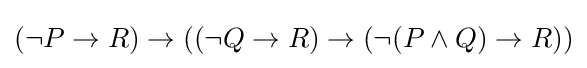
(\lnot P\to R)\to ((\lnot Q\to R)\to (\lnot (P\land Q)\to R))